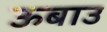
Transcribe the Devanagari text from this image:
ऊबाउ